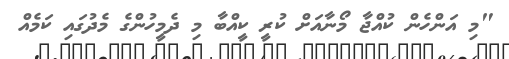
"މި އަންހެން ކުއްޖާ މޯނާއަށް ކުރީ ކީއްބާ މި ދެމީހުންގެ މެދުގައި ކަމެއް